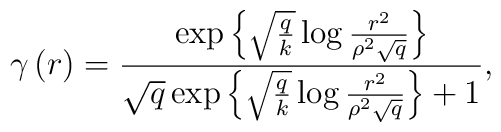
\gamma\left( r\right) = \frac{\exp \left\{ \sqrt{\frac{q}{k}} \log \frac{r^2}{\rho^2 \sqrt{q}}\right\} }{\sqrt{q}\exp \left\{ \sqrt{\frac{q}{k}}\log \frac{r^2}{\rho^2\sqrt{q}}\right\}+1} ,